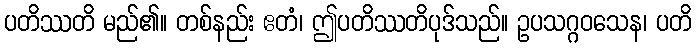
ပတိဿတိ မည်၏။ တစ်နည်း ဧတံ၊ ဤပတိဿတိပုဒ်သည်။ ဥပသဂ္ဂဝသေန၊ ပတိ